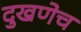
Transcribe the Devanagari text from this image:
दुखणेच